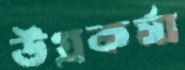
উগ্রকর্মা